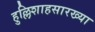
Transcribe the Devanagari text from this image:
हुल्लिशाहसारख्या